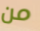
من